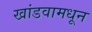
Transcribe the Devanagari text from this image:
खांडवामधून